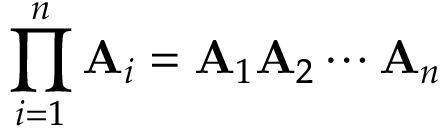
\prod _ { i = 1 } ^ { n } \mathbf { A } _ { i } = \mathbf { A } _ { 1 } \mathbf { A } _ { 2 } \cdots \mathbf { A } _ { n }